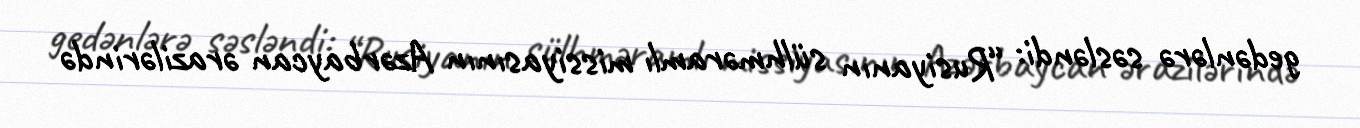
gedənlərə səsləndi: “Rusiyanın sülhməramlı missiyasının Azərbaycan ərazilərində